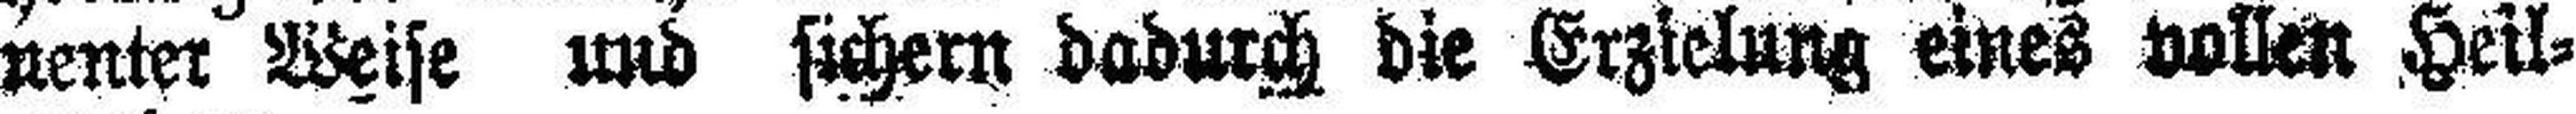
nenter Weise und sichern dadurch die Erzielung eines vollen Heil¬